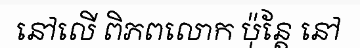
នៅលើ ពិភពលោក ប៉ុន្តែ នៅ